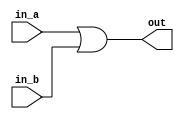
// Simple OR circuit for ALU output
module or32(
	output wire [31:0] out,
	input wire [31:0] in_a, in_b
);
	// Output is or of inputs
	assign out = in_a | in_b;
	
endmodule